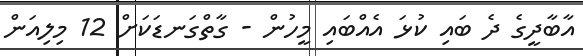
އާބާދީގެ ދެ ބައި ކުޅަ އެއްބައި މީހުން - ގާތްގަނޑަކަށް 12 މިލިއަން